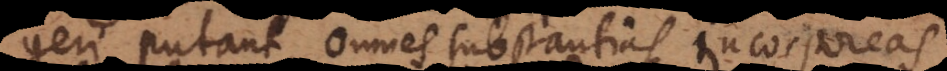
geri putant, omnes substantias incorporeas